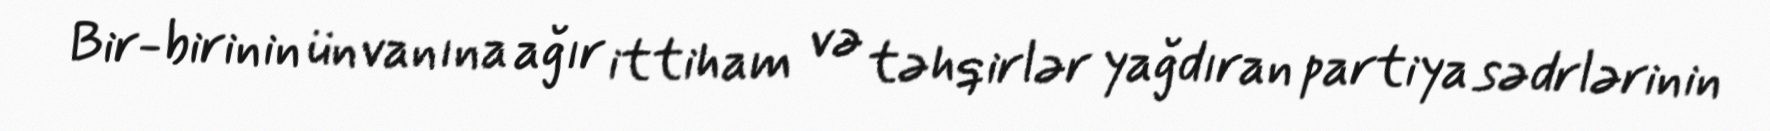
Bir-birinin ünvanına ağır ittiham və təhqirlər yağdıran partiya sədrlərinin